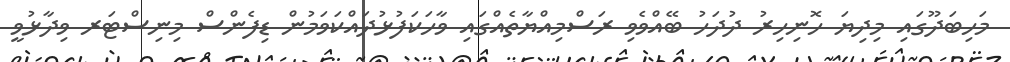
މަހިބަދޫގައި މިދިޔަ ހޮނިހިރު ދުދަހު ބޭއްވެވި ރަސްމިއްޔާތެއްގައި ވާހަކަފުޅުދައްކަވަމުން ޑިފެންސް މިނިސްޓަރ ވިދާޅުވީ